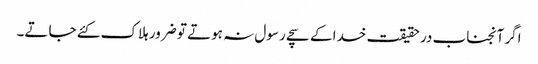
اگر آنجناب درحقیقت خدا کے سچے رسول نہ ہوتے تو ضرور ہلاک کئے جاتے۔